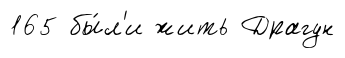
165 бы́л'и жить Драгун